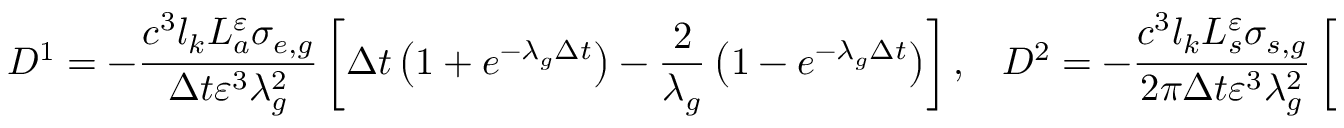
D ^ { 1 } = - \frac { c ^ { \mathrm { 3 } } l _ { k } L _ { a } ^ { \varepsilon } \sigma _ { e , g } } { \Delta t \varepsilon ^ { \mathrm { 3 } } \lambda _ { g } ^ { 2 } } \left[ \Delta t \left( 1 + e ^ { - \lambda _ { g } \Delta t } \right) - \frac { 2 } { \lambda _ { g } } \left( 1 - e ^ { - \lambda _ { g } \Delta t } \right) \right] , \mathrm { \; \; \; } D ^ { 2 } = - \frac { c ^ { \mathrm { 3 } } l _ { k } L _ { s } ^ { \varepsilon } \sigma _ { s , g } } { 2 \pi \Delta t \varepsilon ^ { \mathrm { 3 } } \lambda _ { g } ^ { 2 } } \left[ \Delta t \left( 1 + e ^ { - \lambda _ { g } \Delta t } \right) - \frac { 2 } { \lambda _ { g } } \left( 1 - e ^ { - \lambda _ { g } \Delta t } \right) \right]